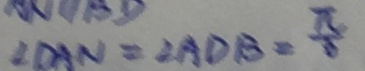
\angle D A N = \angle A D B = \frac { \pi } { 3 }